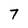
Character: 7